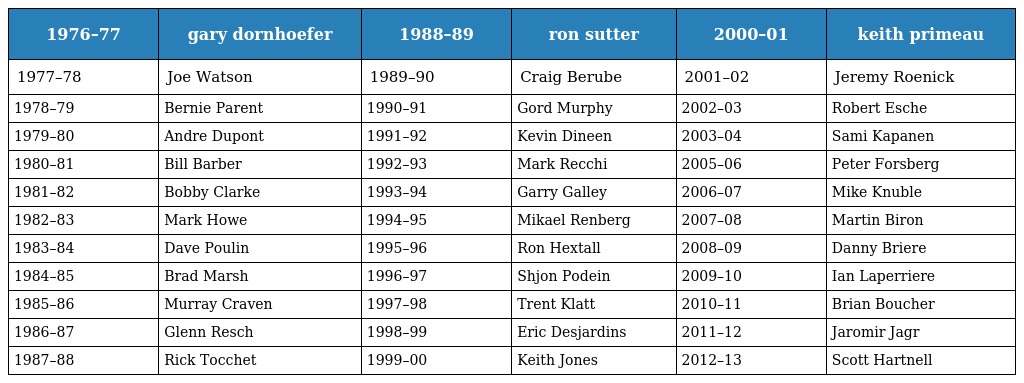
| 1976–77 | gary dornhoefer | 1988–89 | ron sutter | 2000–01 | keith primeau |
 | --- | --- | --- | --- | --- | --- |
 | 1977–78 | Joe Watson | 1989–90 | Craig Berube | 2001–02 | Jeremy Roenick |
 | 1978–79 | Bernie Parent | 1990–91 | Gord Murphy | 2002–03 | Robert Esche |
 | 1979–80 | Andre Dupont | 1991–92 | Kevin Dineen | 2003–04 | Sami Kapanen |
 | 1980–81 | Bill Barber | 1992–93 | Mark Recchi | 2005–06 | Peter Forsberg |
 | 1981–82 | Bobby Clarke | 1993–94 | Garry Galley | 2006–07 | Mike Knuble |
 | 1982–83 | Mark Howe | 1994–95 | Mikael Renberg | 2007–08 | Martin Biron |
 | 1983–84 | Dave Poulin | 1995–96 | Ron Hextall | 2008–09 | Danny Briere |
 | 1984–85 | Brad Marsh | 1996–97 | Shjon Podein | 2009–10 | Ian Laperriere |
 | 1985–86 | Murray Craven | 1997–98 | Trent Klatt | 2010–11 | Brian Boucher |
 | 1986–87 | Glenn Resch | 1998–99 | Eric Desjardins | 2011–12 | Jaromir Jagr |
 | 1987–88 | Rick Tocchet | 1999–00 | Keith Jones | 2012–13 | Scott Hartnell |